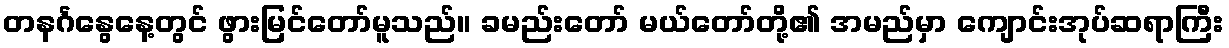
တနင်္ဂနွေနေ့တွင် ဖွားမြင်တော်မူသည်။ ခမည်းတော် မယ်တော်တို့၏ အမည်မှာ ကျောင်းအုပ်ဆရာကြီး